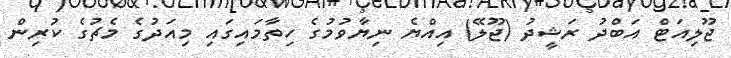
ޖޫލިއަޓް އަބްދު ރަޝީދު (ޖޫލޭ) އިއްޔެ ނިޔާވުމުގެ ހިތާމައިގައި މިއަދުގެ މެޗުގެ ކުރިން